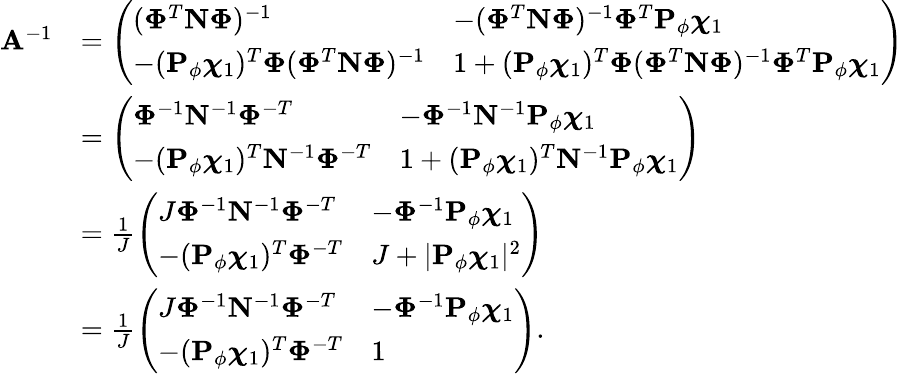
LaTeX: \begin{array}{rl}{{\mathbf A}^{-1}}&{=\left(\begin{array}{ll}{(\boldsymbol{\Phi}^{T}{\mathbf N}\boldsymbol{\Phi})^{-1}}&{-(\boldsymbol{\Phi}^{T}{\mathbf N}\boldsymbol{\Phi})^{-1}\boldsymbol{\Phi}^{T}{\mathbf P}_{\phi}\boldsymbol{\chi}_{1}}\\ {-({\mathbf P}_{\phi}\boldsymbol{\chi}_{1})^{T}\boldsymbol{\Phi}(\boldsymbol{\Phi}^{T}{\mathbf N}\boldsymbol{\Phi})^{-1}}&{1+({\mathbf P}_{\phi}\boldsymbol{\chi}_{1})^{T}\boldsymbol{\Phi}(\boldsymbol{\Phi}^{T}{\mathbf N}\boldsymbol{\Phi})^{-1}\boldsymbol{\Phi}^{T}{\mathbf P}_{\phi}\boldsymbol{\chi}_{1}}\end{array}\right)}\\ &{=\left(\begin{array}{ll}{\boldsymbol{\Phi}^{-1}{\mathbf N}^{-1}\boldsymbol{\Phi}^{-T}}&{-\boldsymbol{\Phi}^{-1}{\mathbf N}^{-1}{\mathbf P}_{\phi}\boldsymbol{\chi}_{1}}\\ {-({\mathbf P}_{\phi}\boldsymbol{\chi}_{1})^{T}{\mathbf N}^{-1}\boldsymbol{\Phi}^{-T}}&{1+({\mathbf P}_{\phi}\boldsymbol{\chi}_{1})^{T}{\mathbf N}^{-1}{\mathbf P}_{\phi}\boldsymbol{\chi}_{1}}\end{array}\right)}\\ &{=\frac{1}{J}\left(\begin{array}{ll}{J\boldsymbol{\Phi}^{-1}{\mathbf N}^{-1}\boldsymbol{\Phi}^{-T}}&{-\boldsymbol{\Phi}^{-1}{\mathbf P}_{\phi}\boldsymbol{\chi}_{1}}\\ {-({\mathbf P}_{\phi}\boldsymbol{\chi}_{1})^{T}\boldsymbol{\Phi}^{-T}}&{J+|{\mathbf P}_{\phi}\boldsymbol{\chi}_{1}|^{2}}\end{array}\right)}\\ &{=\frac{1}{J}\left(\begin{array}{ll}{J\boldsymbol{\Phi}^{-1}{\mathbf N}^{-1}\boldsymbol{\Phi}^{-T}}&{-\boldsymbol{\Phi}^{-1}{\mathbf P}_{\phi}\boldsymbol{\chi}_{1}}\\ {-({\mathbf P}_{\phi}\boldsymbol{\chi}_{1})^{T}\boldsymbol{\Phi}^{-T}}&{1}\end{array}\right).}\end{array}